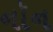
નૉન